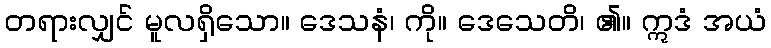
တရားလျှင် မူလရှိသော။ ဒေသနံ၊ ကို။ ဒေသေတိ၊ ၏။ ဣဒံ အယံ